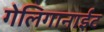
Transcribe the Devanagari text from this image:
गेलिगानाईट